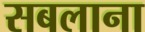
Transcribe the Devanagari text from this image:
सबलाना